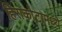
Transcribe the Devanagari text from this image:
हिराकोटामध्ये